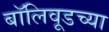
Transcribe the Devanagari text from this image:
बॉलिवूडच्या